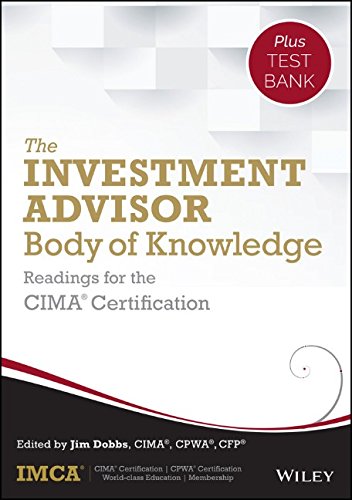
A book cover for The Investment Advisor Body of Knowledge + Test Bank: Readings for the CIMA Certification; IMCA; Business & Money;